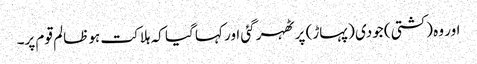
اور وہ (کشتی) جودی (پہاڑ) پر ٹھہر گئی اور کہا گیا کہ ہلاکت ہو ظالم قوم پر۔